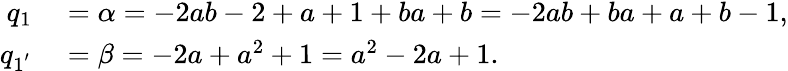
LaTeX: \begin{array}{rl}{q_{1}}&{{}=\alpha=-2ab-2+a+1+ba+b=-2ab+ba+a+b-1,}\\ {q_{1^{'}}}&{{}=\beta=-2a+a^{2}+1=a^{2}-2a+1.}\end{array}